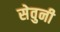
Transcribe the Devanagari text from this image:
सेवुनी